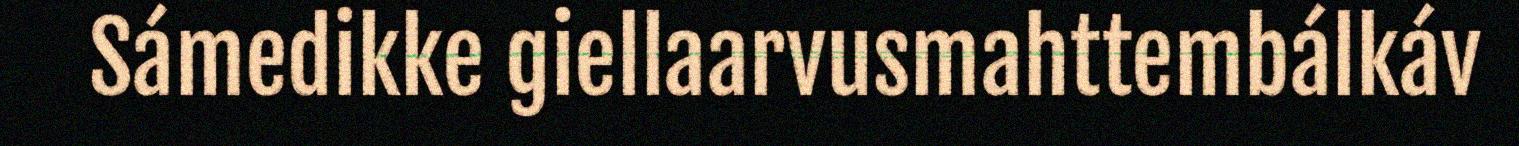
Sámedikke giellaarvusmahttembálkáv